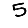
Digit: 5